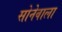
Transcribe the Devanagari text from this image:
सोनेवाला